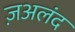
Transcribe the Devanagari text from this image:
ज़अलंद